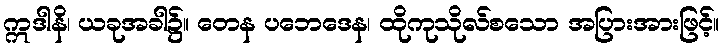
ဣဒါနိ၊ ယခုအခါ၌။ တေန ပဘေဒေန၊ ထိုကုသိုလ်စသော အပြားအားဖြင့်။